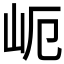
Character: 𱛉